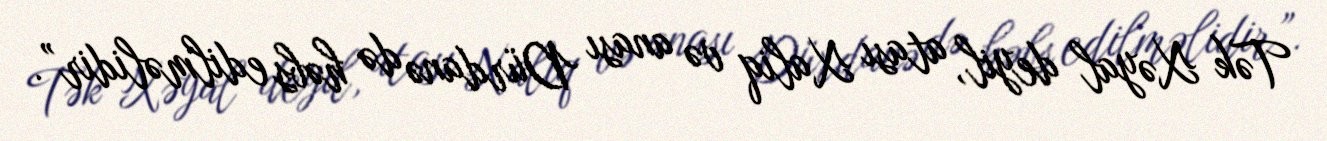
Tək Xəyal deyil, atası Xaliq və anası Dürdanə də həbs edilməlidir”.